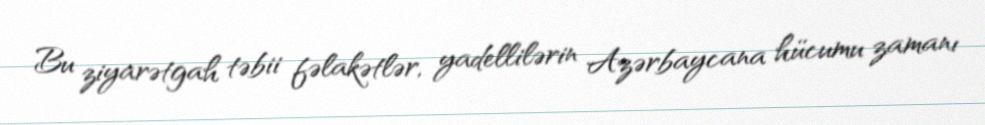
Bu ziyarətgah təbii fəlakətlər, yadellilərin Azərbaycana hücumu zamanı